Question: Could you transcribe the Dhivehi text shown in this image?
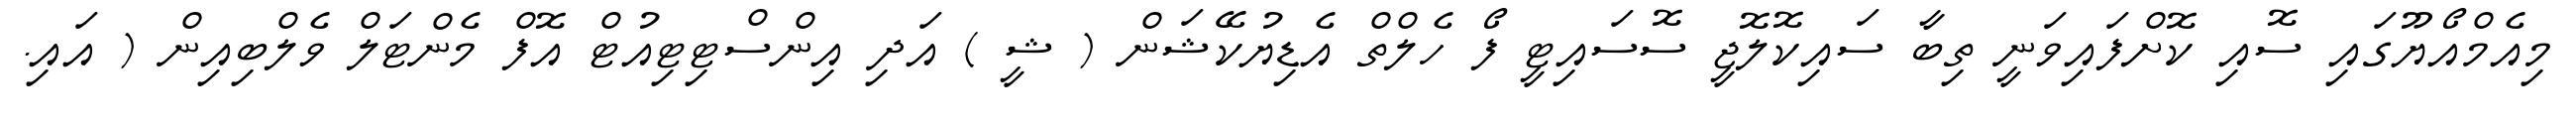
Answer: މިއެމްއޯޔޫގައި ސޮއި ކޮށްފައިވަނީ ތިބާ ސައިކޮލޮޖީ ސޮސައިޓީ ފޯ ހެލްތް އެޑިޔުކޭޝަން ( ޝީ ) އަދި އިންސްޓިޓިއުޓް އޮފް މެންޓަލް ވެލްބިއިން ( އައި.